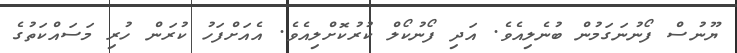
ޔޫނުސް ފޯނުނަގަމުން ބުނެލިއެވެ. އަދި ފޯނުކޯލް ކުރުކޮށްލިއެވެ. އެއަށްފަހު ކުރަން ހުރި މަސައްކަތުގެ